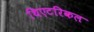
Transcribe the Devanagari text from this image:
थिएटरिकल